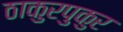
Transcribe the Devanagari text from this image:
ठाकुरपुकुर